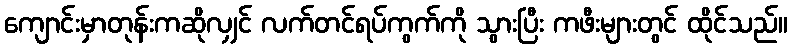
ကျောင်းမှာတုန်းကဆိုလျှင် လက်တင်ရပ်ကွက်ကို သွားပြီး ကဖီးများတွင် ထိုင်သည်။